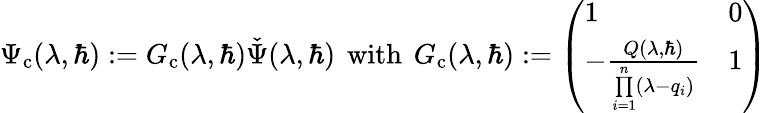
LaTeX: \Psi_{\mathrm{c}}(\lambda,\hbar):=G_{\mathrm{c}}(\lambda,\hbar)\check{\Psi}(\lambda,\hbar)\, \mathrm{~with~}\, G_{\mathrm{c}}(\lambda,\hbar):=\left(\begin{array}{ll}{1}&{0}\\ {-\frac{Q(\lambda,\hbar)}{\underset{i=1}{\overset{n}{\prod}}(\lambda-q_{i})}}&{1}\end{array}\right)